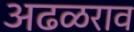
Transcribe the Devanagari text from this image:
अढळराव